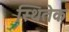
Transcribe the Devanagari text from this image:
स्थितेक